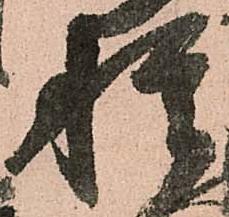
種